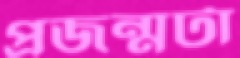
প্রজন্মটা